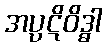
အပ္ပဋိဝိဒ္ဓါ